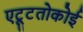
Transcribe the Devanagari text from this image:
एट्टूतोकोई